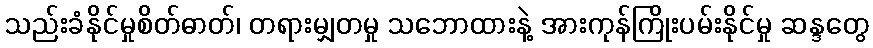
သည်းခံနိုင်မှုစိတ်ဓာတ်၊ တရားမျှတမှု သဘောထားနဲ့ အားကုန်ကြိုးပမ်းနိုင်မှု ဆန္ဒတွေ